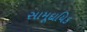
સામૂદાયિક